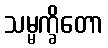
သမ္မက္ခိတော